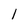
Character: l